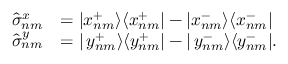
\begin{array} { r l } { \phantom { \frac { 1 } { 2 } } \hat { \sigma } _ { n m } ^ { x } } & { = | x _ { n m } ^ { + } \rangle \langle x _ { n m } ^ { + } | - | x _ { n m } ^ { - } \rangle \langle x _ { n m } ^ { - } | } \\ { \phantom { \frac { 1 } { 2 } } \hat { \sigma } _ { n m } ^ { y } } & { = | \, y _ { n m } ^ { + } \rangle \langle y _ { n m } ^ { + } | - | \, y _ { n m } ^ { - } \rangle \langle y _ { n m } ^ { - } | . } \end{array}